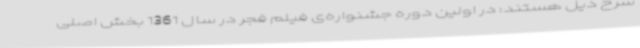
شرح ذیل هستند: در اولین دوره جشنواره‌ی فیلم فجر در سال 1361 بخش اصلی